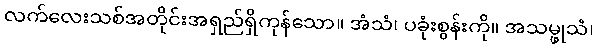
လက်လေးသစ်အတိုင်းအရှည်ရှိကုန်သော။ အံသံ၊ ပခုံးစွန်းကို။ အသမ္ဖုသံ၊